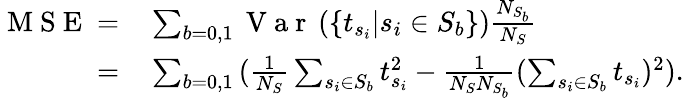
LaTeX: \begin{array}{rl}{\mathrm{~M~S~E~}=}&{{}\sum_{b=0,1}{\mathrm{~V~a~r~}\left(\left\{ t_{s_{i}}\middle|s_{i}\in S_{b}\right\} \right)\frac{N_{S_{b}}}{N_{S}}}}\\ {=}&{{}\sum_{b=0,1}{(\frac{1}{N_{S}}\sum_{s_{i}\in S_{b}}t_{s_{i}}^{2}-\frac{1}{N_{S}N_{S_{b}}}(\sum_{s_{i}\in S_{b}}t_{s_{i}})^{2})}.}\end{array}